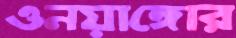
ওনয়াঙ্গোর